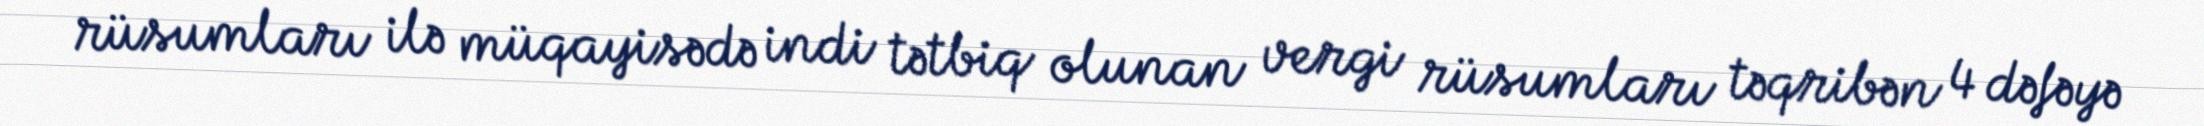
rüsumları ilə müqayisədə indi tətbiq olunan vergi rüsumları təqribən 4 dəfəyə